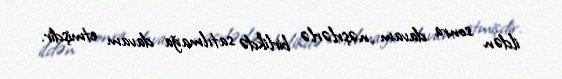
ildən sonra davam nəşrlərlə birlikdə satılmağa davam etmişdir.